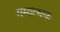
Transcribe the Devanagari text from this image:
ममात्मनः